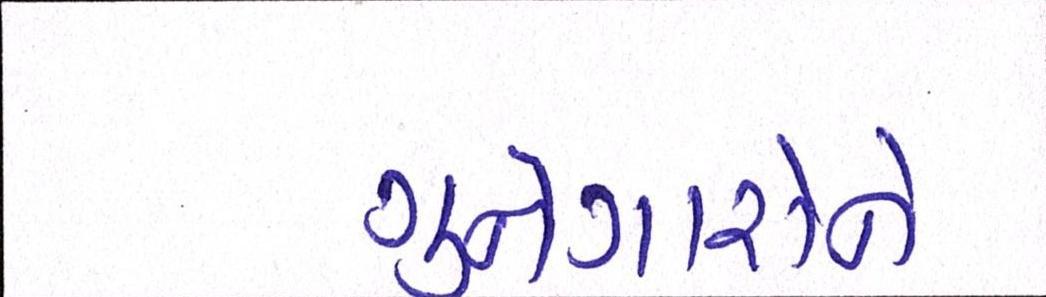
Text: ગુનેગારોને